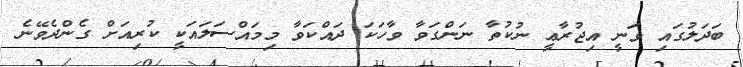
ބަދަލުގައި ވަނީ އިޖުރާޢީ ނުކުތާ ނަންގަވާ ވާހަކަ ދައްކަވާ މިމައްސަލައަކީ ކުރިއަށް ގެންދެވޭނެ